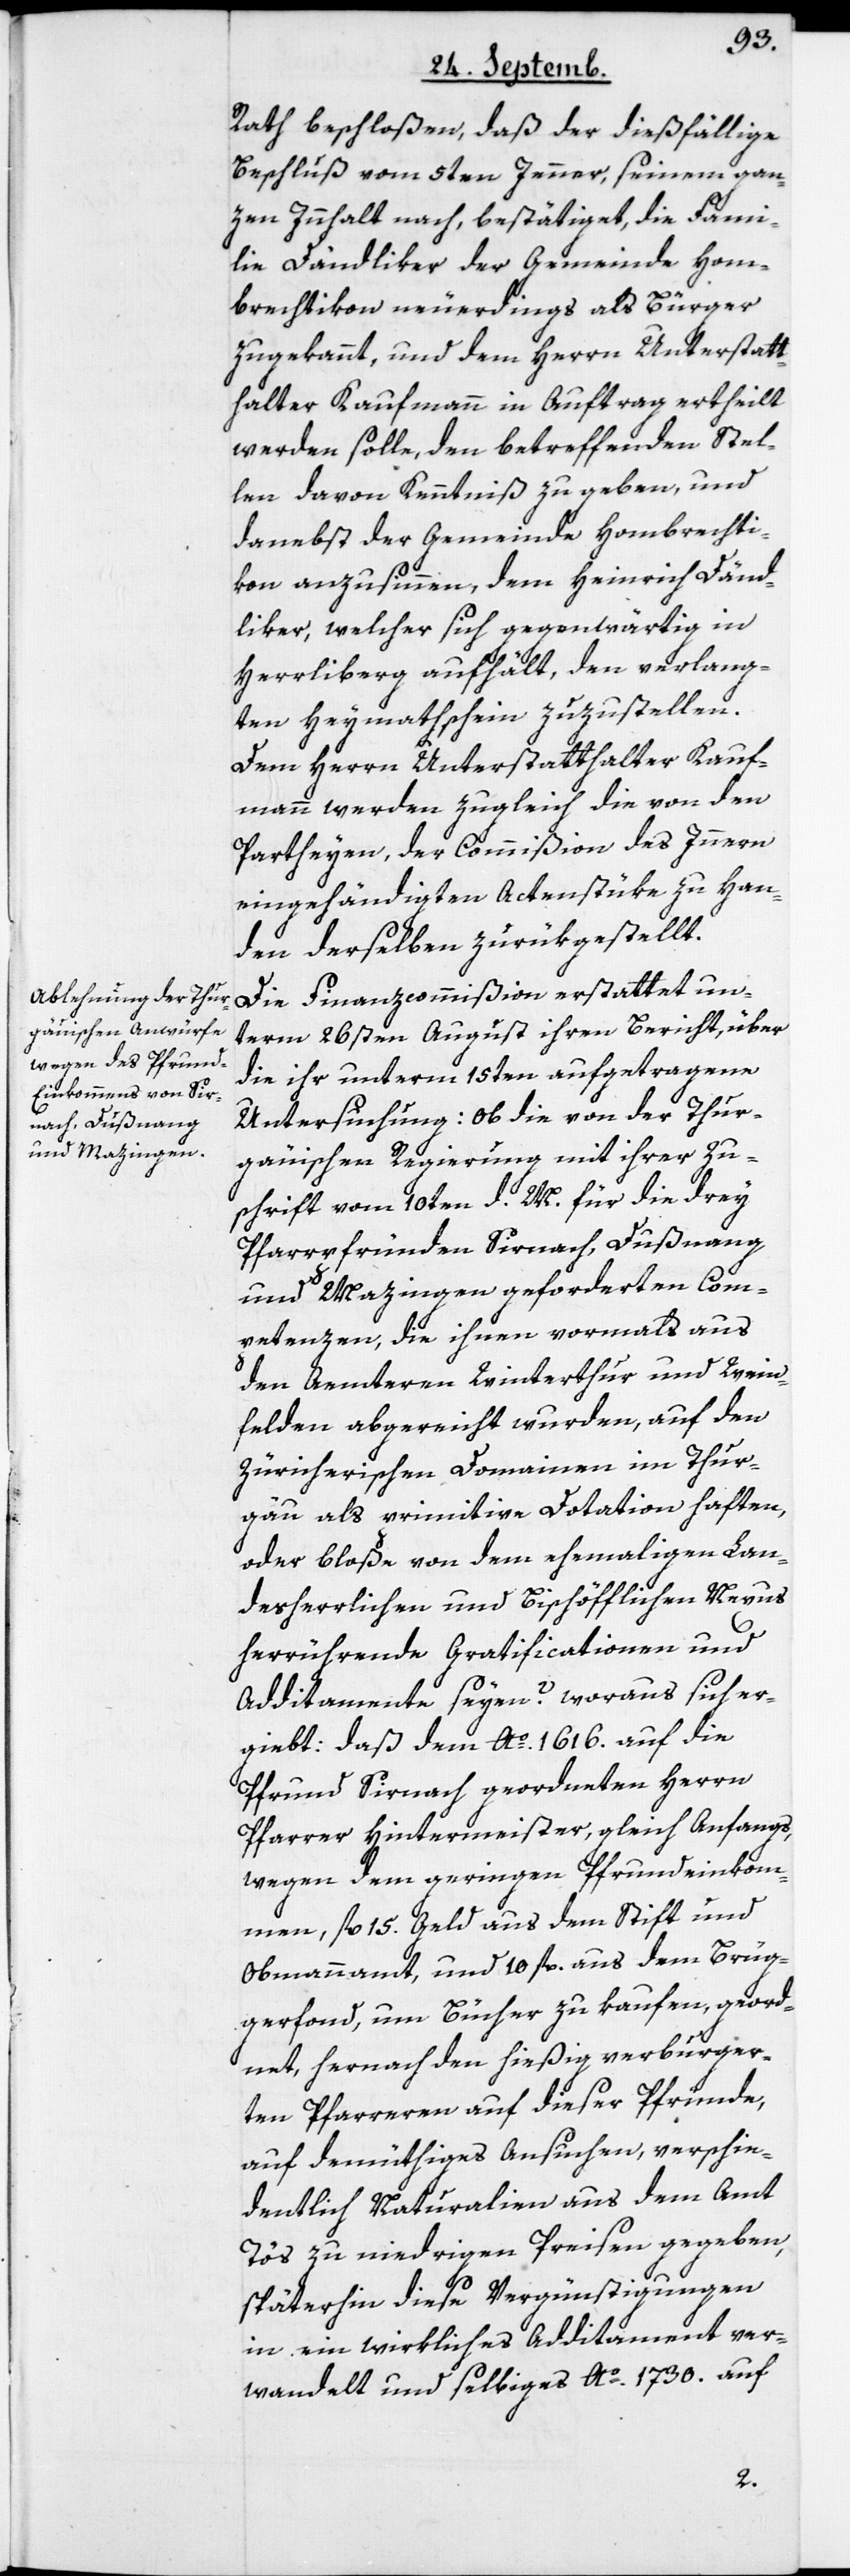
Rath beschloßen, daß der dießfällige
Beschluß vom 5ten Jenner, seinem gan¬
zen Innhalt nach, bestätiget, die Fami¬
lie Dändliker der Gemeinde Hom¬
brechtikon neuerdings als Bürger
zugekannt, und dem Herrn Unterstatt¬
halter Kaufmann in Auftrag ertheilt
werden solle, den betreffenden Stel¬
len davon Kenntniß zu geben, und
danebst der Gemeinde Hombrechti¬
kon anzusinnen, dem Heinrich Dänd¬
liker, welcher sich gegenwärtig in
Herrliberg aufhält, den verlang¬
ten Heymathschein zuzustellen.
Dem Herrn Unterstatthalter Kauf¬
mann werden zugleich die von den
Partheyen, der Commißion des Innern
eingehändigten Actenstüke zu Han¬
den derselben zurükgestellt.
Die Finanzcommißion erstattet un¬
term 26sten August ihren Bericht, über
die ihr unterm 15ten aufgetragene
Untersuchung: Ob die von der Thur¬
gäuischen Regierung mit ihrer Zu¬
schrift vom 10ten d. M. für die drey
Pfarrpfründen Sirnach, Dußnang
und Mazingen geforderten Com¬
petenzen, die ihnen vormals aus
den Aemteren Winterthur und Wein¬
felden abgereicht wurden, auf den
Zürcherischen Domainen im Thur¬
gäu als primitive Dotation haften,
oder bloße von dem ehemahligen Lan¬
desherrlichen und Bischöfflichen Nexus
herrührende Gratificationen und
Additamente seyen?, woraus sich er¬
giebt: daß dem Ao. 1616. auf die
Pfrund Sirnach geordneten Herrn
Pfarrer Hintermeister, gleich Anfangs,
wegen dem geringen Pfrundeinkom¬
men, fl. 15. Geld aus dem Stift und
Obmannamt, und 10 fl. aus dem Brüg¬
gerfond, um Bücher zu kaufen, geord¬
net, hernach den hießig verburger¬
ten Pfarreren auf dieser Pfründe,
auf demüthiges Ansuchen, verschie¬
dentlich Naturalien aus dem Amt
Tös zu niedrigen Preisen gegeben,
späterhin diese Vergünstigungen
in ein wirkliches Additament ver¬
wandelt und selbiges Ao. 1730. auf